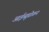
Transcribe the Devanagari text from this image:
आईब्यूप्रोफ़न